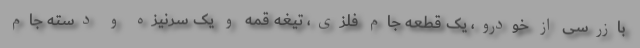
بازرسی از خودرو، یک قطعه جام فلزی، تیغه قمه و یک سرنیزه و دسته جام